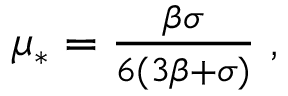
\begin{array} { r } { \mu _ { * } = \frac { \beta \sigma } { 6 ( 3 \beta + \sigma ) } \; , } \end{array}